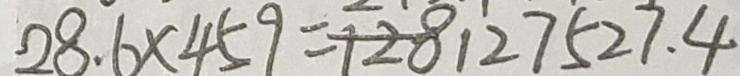
2 8 . 6 \times 4 5 9 = 1 2 8 1 2 7 5 2 7 . 4